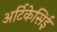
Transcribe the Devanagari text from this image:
अर्टिकेसिई